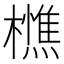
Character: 𭬦